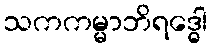
သကကမ္မာဘိရဒ္ဓေါ